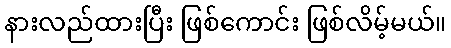
နားလည်ထားပြီး ဖြစ်ကောင်း ဖြစ်လိမ့်မယ်။